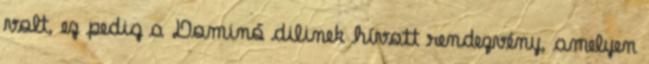
volt, ez pedig a Dominó dilinek hívott rendezvény, amelyen